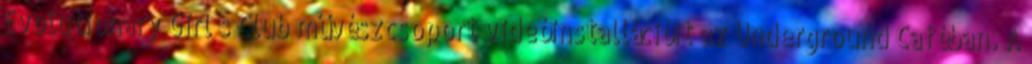
Evolutionary Girl’s Club művészcsoport videóinstallációit az Underground Caféban. A